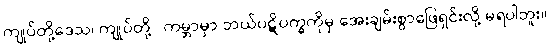
ကျုပ်တို့ဒေသ၊ ကျုပ်တို့ ၊ ကမ္ဘာမှာ ဘယ်ပဋိပက္ခကိုမှ အေးချမ်းစွာဖြေရှင်းလို့ မရပါဘူး။